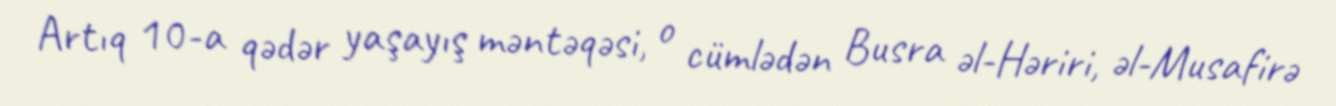
Artıq 10-a qədər yaşayış məntəqəsi, o cümlədən Busra əl-Həriri, əl-Musafirə